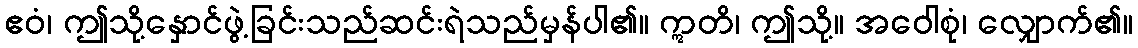
ဧဝံ၊ ဤသို့နှောင်ဖွဲ့ခြင်းသည်ဆင်းရဲသည်မှန်ပါ၏။ ဣတိ၊ ဤသို့။ အဝေါစုံ၊ လျှောက်၏။